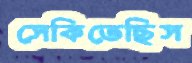
সেকিতেছিস